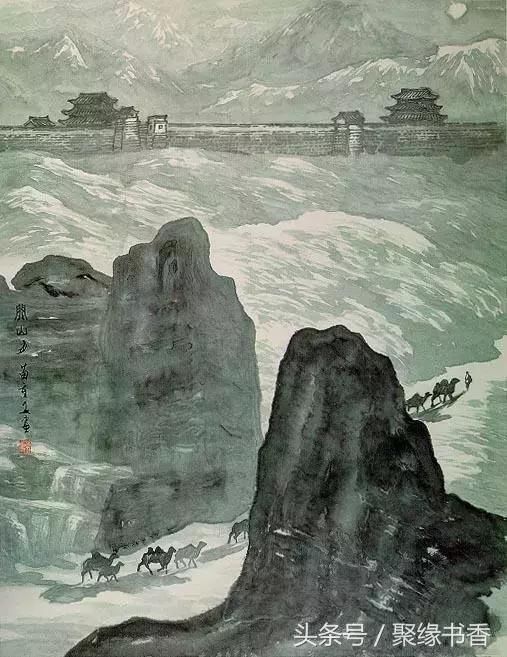
山河破碎风飘絮，身世浮沉雨打萍。